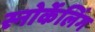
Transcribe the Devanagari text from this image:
स्नोर्केलिंग